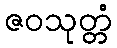
ဇဝသုတ္တံ